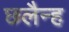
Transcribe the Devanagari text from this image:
छलैन्ह